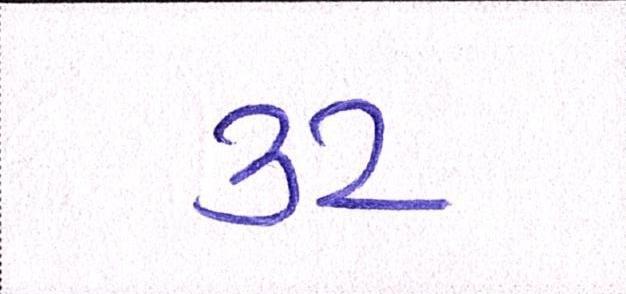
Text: ૩૨